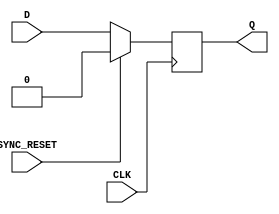
`timescale 1ns / 1ps
//////////////////////////////////////////////////////////////////////////////////
// Company: 
// Engineer: 
// 
// Create Date: 
// Design Name: 
// Module Name: D_FLIPFLOP1
// Project Name: 
// Target Devices: 
// Tool Versions: 
// Description: 
// 
// Dependencies: 
// 
// Revision:
// Revision 0.01 - File Created
// Additional Comments:
// 
///////////////////Behavioural level///////////////////////////////////////////////////////////////


module D_FLIPFLOP1(D,CLK,SYNC_RESET,Q);
input D; // Data input 
input CLK; // clock input 
input SYNC_RESET; // synchronous reset 
output reg Q; // output Q 
always @(posedge CLK) 
begin
 if(SYNC_RESET==1'b1)
  Q <= 1'b0; 
 else 
  Q <= D; 
end 
endmodule